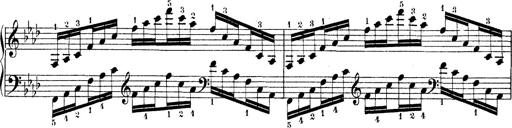
Title: Technische Studien
Composer: Franz Liszt